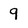
Character: 9